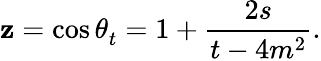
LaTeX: \mathbf{z}=\cos{\theta_{t}^{}}=1+\frac{{2s}}{{t-4m^{2}}}.